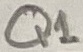
Text: Q1